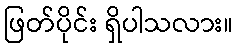
ဖြတ်ပိုင်း ရှိပါသလား။